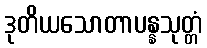
ဒုတိယသောတာပန္နသုတ္တံ